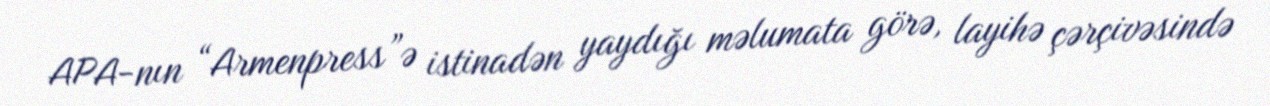
APA-nın “Armenpress”ə istinadən yaydığı məlumata görə, layihə çərçivəsində